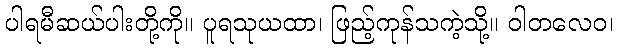
ပါရမီဆယ်ပါးတို့ကို။ ပူရသုယထာ၊ ဖြည့်ကုန်သကဲ့သို့။ ဝါတလေဝ၊